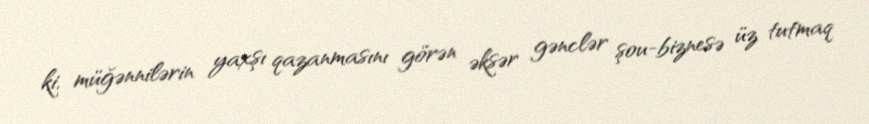
ki, müğənnilərin yaxşı qazanmasını görən əksər gənclər şou-biznesə üz tutmaq